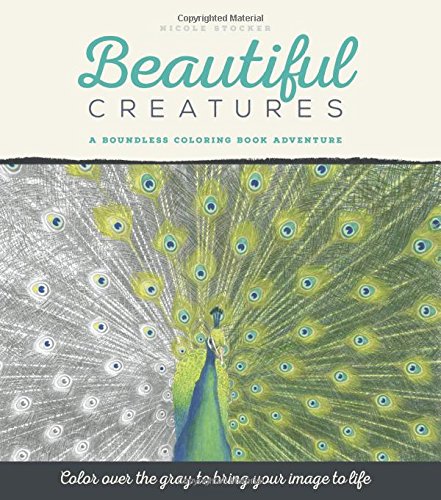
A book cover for Beautiful Creatures: A Boundless Coloring Book Adventure; Nicole Stocker; Crafts, Hobbies & Home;